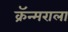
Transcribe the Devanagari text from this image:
क्रॅन्मराला